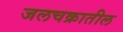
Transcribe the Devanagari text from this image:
जलचक्रातील